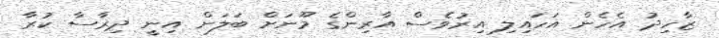
ޒާހިދު އެހެން އަހައިލި އިރުވެސް އާރިންގެ މޫނަށް ބަލަން އިނީ ދިރާސާ ކުރާ